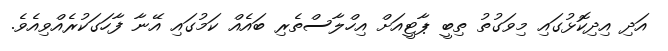
އަދި އިިދިކޮޅުގައި މިވަގުތު ތިބީ ޕާޓީއަށް އިހްލާސްތެރި ބައެއް ކަމުުގައި އޭނާ ފާހަގަކުރެއްވިއެވެ.